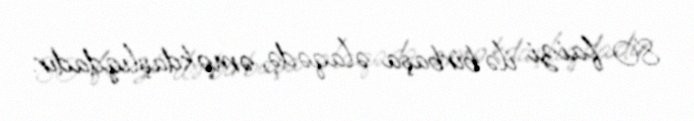
80 faizi ilə birbaşa əlaqədə, əməkdaşlıqdadır.